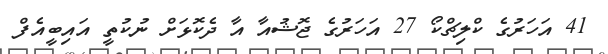
41 އަހަރުގެ ކްލިޗްކޯ 27 އަހަރުގެ ޖޮޝުއާ އާ ދެކޮޅަށް ނުކުތީ އައިބީއެފް